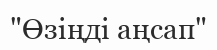
"Өзіңді аңсап"